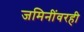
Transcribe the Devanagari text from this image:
जमिनींवरही